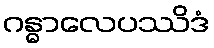
ဂန္ဓာလေပဿိဒံ